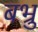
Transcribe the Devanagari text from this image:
बभ्रु